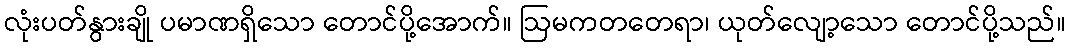
လုံးပတ်နွားချို ပမာဏရှိသော တောင်ပို့အောက်။ ဩမကတတေရာ၊ ယုတ်လျော့သော တောင်ပို့သည်။